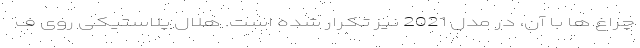
چراغ ها با آن، در مدل 2021 نیز تکرار شده است. هلال پلاستیکی روی ف